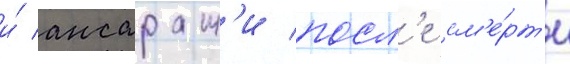
и́ ансарам'и посл'е см'е́рт'и